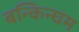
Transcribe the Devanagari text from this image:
बन्किन्घम